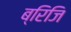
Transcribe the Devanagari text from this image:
ब्रिजि